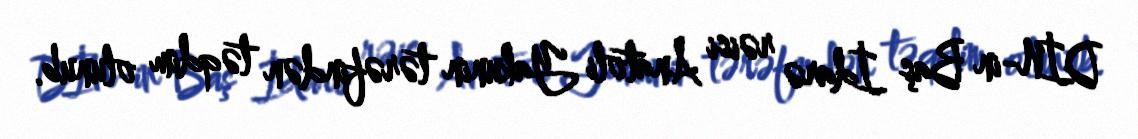
DİN-in Baş İdarə rəisi Anatoli Yakunin tərəfindən təqdim olunub.